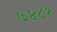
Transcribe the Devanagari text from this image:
७४८१